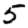
Digit: 5